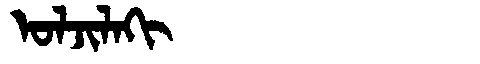
Manchu: ᠣᠯᠵᡳᠯᠠᡴᡳ
Romanization: OLJILAKI